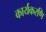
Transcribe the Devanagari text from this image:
कार्यकरणि